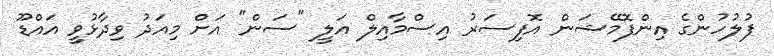
ފުލުހުންގެ އިންފޮމޭޝަން އޮފިސަރު އިސްމާއިލް އަލީ "ސަން" އަށް މިއަދު ވިދާޅުވީ އައްޑޫ